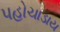
પહોચાડાય